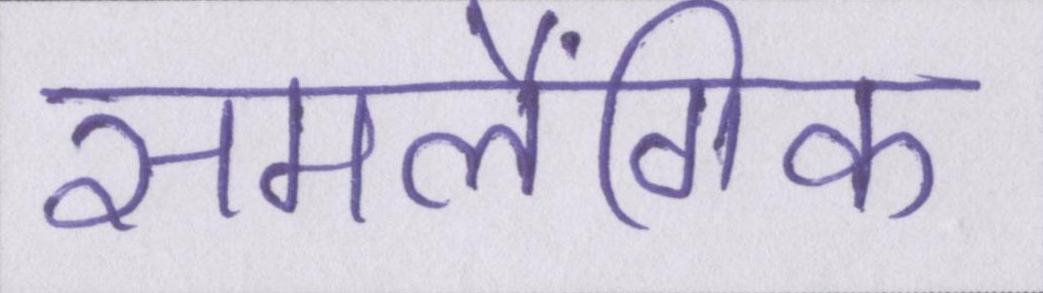
समलैंगिक